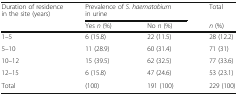
<table><thead><tr><td rowspan="2"><b>Duration of residence in the site (years)</b></td><td colspan="2"><b>Prevalence of <i>S. haematobium</i> in urine</b></td><td><b>Total</b></td></tr><tr><td><b>Yes <i>n</i> (%)</b></td><td><b>No <i>n</i> (%)</b></td><td><b><i>n</i> (%)</b></td></tr></thead><tbody><tr><td>1–5</td><td>6 (15.8)</td><td>22 (11.5)</td><td>28 (12.2)</td></tr><tr><td>5–10</td><td>11 (28.9)</td><td>60 (31.4)</td><td>71 (31)</td></tr><tr><td>10–12</td><td>15 (39.5)</td><td>62 (32.5)</td><td>77 (33.6)</td></tr><tr><td>12–15</td><td>6 (15.8)</td><td>47 (24.6)</td><td>53 (23.1)</td></tr><tr><td>Total</td><td>(100)</td><td>191 (100)</td><td>229 (100)</td></tr></tbody></table>